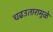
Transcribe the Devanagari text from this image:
चढउतारामुळे